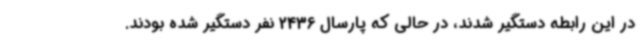
در این رابطه دستگیر شدند، در حالی که پارسال 2436 نفر دستگیر شده بودند.